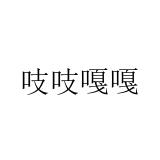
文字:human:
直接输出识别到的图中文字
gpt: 吱吱嘎嘎